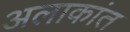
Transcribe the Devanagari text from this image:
अलाकांत